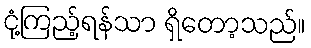
ငုံ့ကြည့်ရန်သာ ရှိတော့သည်။